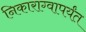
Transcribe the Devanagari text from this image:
निकाराग्वापर्यंत